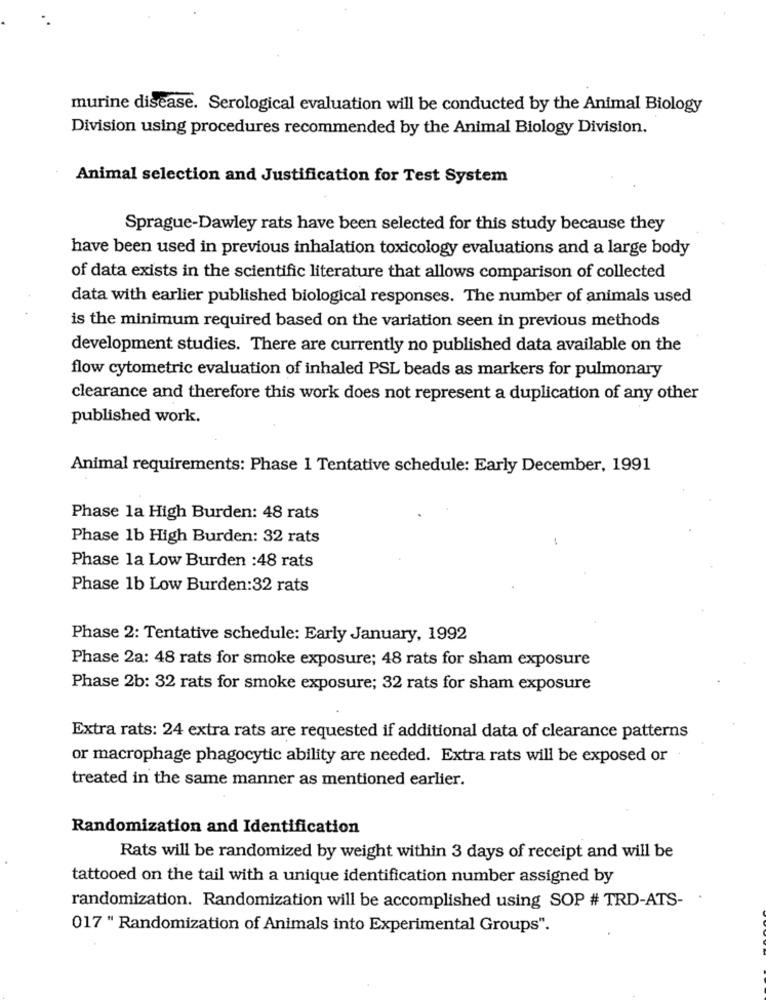
murine disease. Serological evaluation will be conducted by the Animal Biology
Division using procedures recommended by the Animal Biology Division.
Animal selection and Justification for Test System
Sprague-Dawley rats have been selected for this study because they
have been used in previous inhalation toxicology evaluations and a large body
of data exists in the scientific literature that allows comparison of collected
data with earlier published biological responses. The number of animals used
is the minimum required based on the variation seen in previous methods
development studies. There are currently no published data available on the
flow cytometric evaluation of inhaled PSL beads as markers for pulmonary
clearance and therefore this work does not represent a duplication of any other
published work.
Animal requirements: Phase 1 Tentative schedule: Early December, 1991
Phase la High Burden: 48 rats
Phase 1b High Burden: 32 rats
Phase la Low Burden :48 rats
Phase 1b Low Burden:32 rats
Phase 2: Tentative schedule: Early January, 1992
Phase 2a: 48 rats for smoke exposure; 48 rats for sham exposure
Phase 2b: 32 rats for smoke exposure; 32 rats for sham exposure
Extra rats: 24 extra rats are requested if additional data of clearance patterns
or macrophage phagocytic ability are needed. Extra rats will be exposed or
treated in the same manner as mentioned earlier.
Randomization and Identification
Rats will be randomized by weight within 3 days of receipt and will be
tattooed on the tail with a unique identification number assigned by
randomization. Randomization will be accomplished using SOP # TRD-ATS-
017 " Randomization of Animals into Experimental Groups".